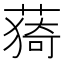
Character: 𦸒